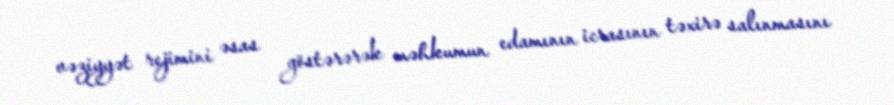
vəziyyət rejimini əsas göstərərək məhkumun edamının icrasının təxirə salınmasını